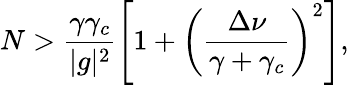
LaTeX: N>\frac{\gamma\gamma_{c}}{\vert g\vert^{2}}\left[1+\left(\frac{\Delta\nu}{\gamma+\gamma_{c}}\right)^{2}\right],